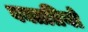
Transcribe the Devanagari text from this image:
वक्ततियो